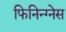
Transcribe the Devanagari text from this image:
फिनिन्ग्नेस